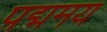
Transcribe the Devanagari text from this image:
पद्ममय